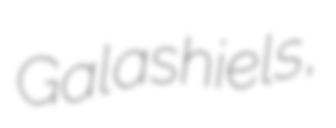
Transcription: Galashiels,